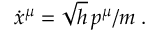
\dot { x } ^ { \mu } = \sqrt { h } \, p ^ { \mu } / m \; .